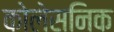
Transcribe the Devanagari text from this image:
कोलेसनिक